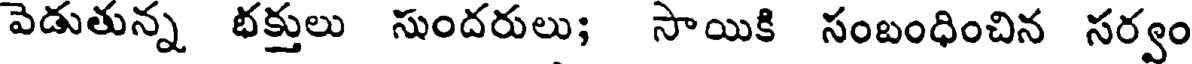
పెడుతున్న భక్తులు సుందరులు; సాయికి సంబంధించిన సర్వం